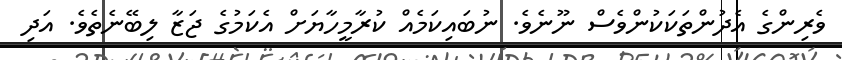
ވެރިންގެ އެދުންތަކަކުންވެސް ނޫނެވެ. ނުބައިކަމެއް ކުރާމީހާޔަށް އެކަމުގެ ޖަޒާ ލިބޭނެތެވެ. އަދި